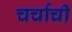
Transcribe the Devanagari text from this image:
चर्चाची